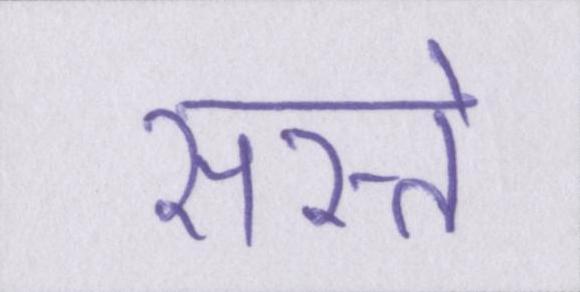
सस्ते